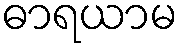
ဓာရယာမ